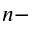
n -